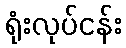
ရုံးလုပ်ငန်း